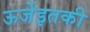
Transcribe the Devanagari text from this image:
ऊर्जेइतकी